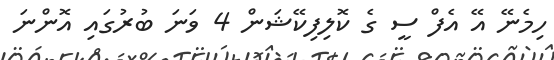
ހިމެނޭ އޭ އެފް ސީ ގެ ކޮލިފިކޭޝަން 4 ވަނަ ބުރުގައި އޮންނަ